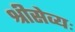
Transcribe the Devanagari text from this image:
श्रीसेव्यः